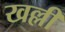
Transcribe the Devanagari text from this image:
खल्ली